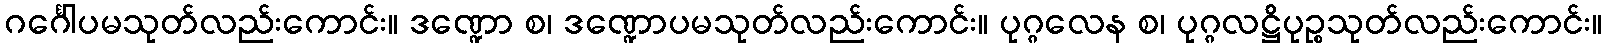
ဂင်္ဂေါပမသုတ်လည်းကောင်း။ ဒဏ္ဍော စ၊ ဒဏ္ဍောပမသုတ်လည်းကောင်း။ ပုဂ္ဂလေန စ၊ ပုဂ္ဂလဋ္ဌိပုဉ္စသုတ်လည်းကောင်း။